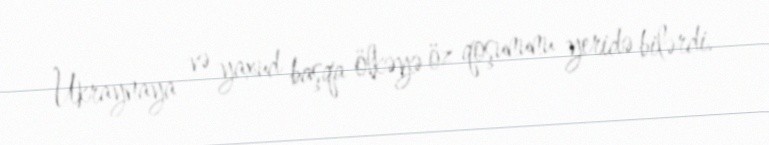
Ukraynaya və yaxud başqa ölkəyə öz qoşununu yeridə bilərdi.